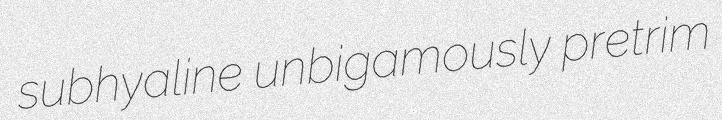
subhyaline unbigamously pretrim